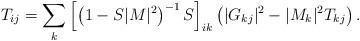
LaTeX: \begin{align*}T_{ij}=\sum_{k}\left[\left(1-S|M|^2\right)^{-1}S\right]_{ik}\left( |G_{kj}|^2-|M_k|^2T_{kj} \right).\end{align*}